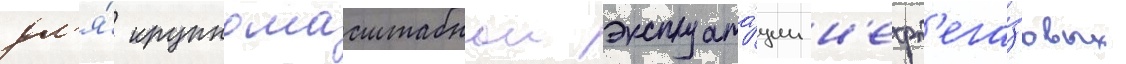
дл'я́ крупномасштабнои эксплуата́ции н'ефт'ега́зовых